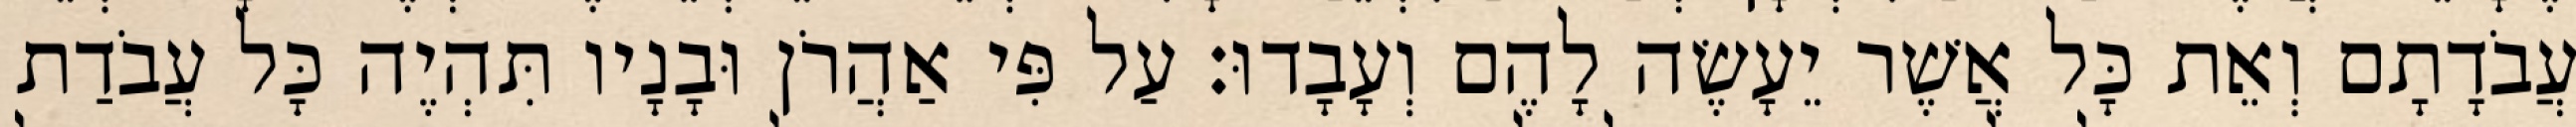
עֲבֹדָתָם וְאֵת כָּל אֲשֶׁר יֵעָשֶׂה לָהֶם וְעָבָדוּ׃ עַל פִּי אַהֲרֹן וּבָנָיו תִּהְיֶה כָּל עֲבֹדַת